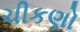
ચીકણો